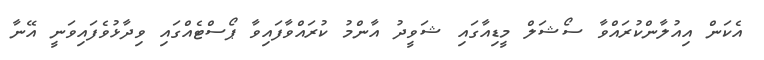
އެކަން އިއުލާންކުރައްވާ ސޯޝަލް މީޑިއާގައި ޝަވީދު އާންމު ކުރައްވާފައިވާ ޕޯސްޓެއްގައި ވިދާޅުވެފައިވަނީ އޭނާ